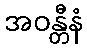
အဝန္တီနံ